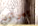
بيرتون